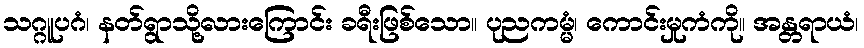
သဂ္ဂူပဂံ၊ နတ်ရွာသို့လားကြောင်း ခရီးဖြစ်သော။ ပုညကမ္မံ၊ ကောင်းမှုကံကို။ အန္တရာယံ၊